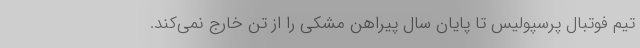
تیم فوتبال پرسپولیس تا پایان سال پیراهن مشکی را از تن خارج نمی‌کند.